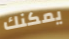
يمكنك